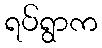
ရပ်ရွာက